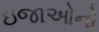
ઇજાઓનો